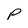
Character: P